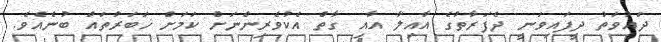
ދައުވަތު ދީފައިވަނީ ދެފަރާތުގެ އާއިލާ އާއި ގާތް އެކުވެރިންނަށް ކަމަށް ޚަބަރުތައް ބުނެއެވެ.